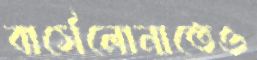
বার্সেলোনাতেও